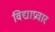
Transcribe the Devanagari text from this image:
विद्याप्रचार